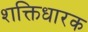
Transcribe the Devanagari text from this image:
शक्तिधारक